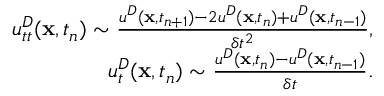
\begin{array} { r } { u _ { t t } ^ { D } ( \mathbf x , t _ { n } ) \sim { \frac { u ^ { D } ( \mathbf x , t _ { n + 1 } ) - 2 u ^ { D } ( \mathbf x , t _ { n } ) + u ^ { D } ( \mathbf x , t _ { n - 1 } ) } { \delta t ^ { 2 } } } , } \\ { u _ { t } ^ { D } ( \mathbf x , t _ { n } ) \sim { \frac { u ^ { D } ( \mathbf x , t _ { n } ) - u ^ { D } ( \mathbf x , t _ { n - 1 } ) } { \delta t } } . } \end{array}